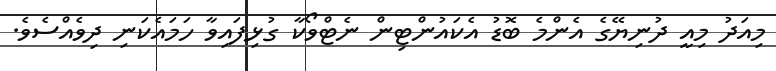
މިއަދު މިއީ ދުނިޔޭގެ އެންމެ ބޮޑު އެކައުންޓިން ނެޓްވޯކާ ގުޅިފައިވާ ހަމައެކަނި ދިވެއްސެވެ.